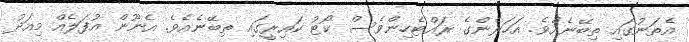
އެތަނުގައި ތިބޭނެއެވެ. އަހަރެންގެ ރައްޓެހިންވެސް ކޯޓު ކައިރީގައި ތިބޭނެއެވެ. އެނޫން އުފަލެއް މިއަދު